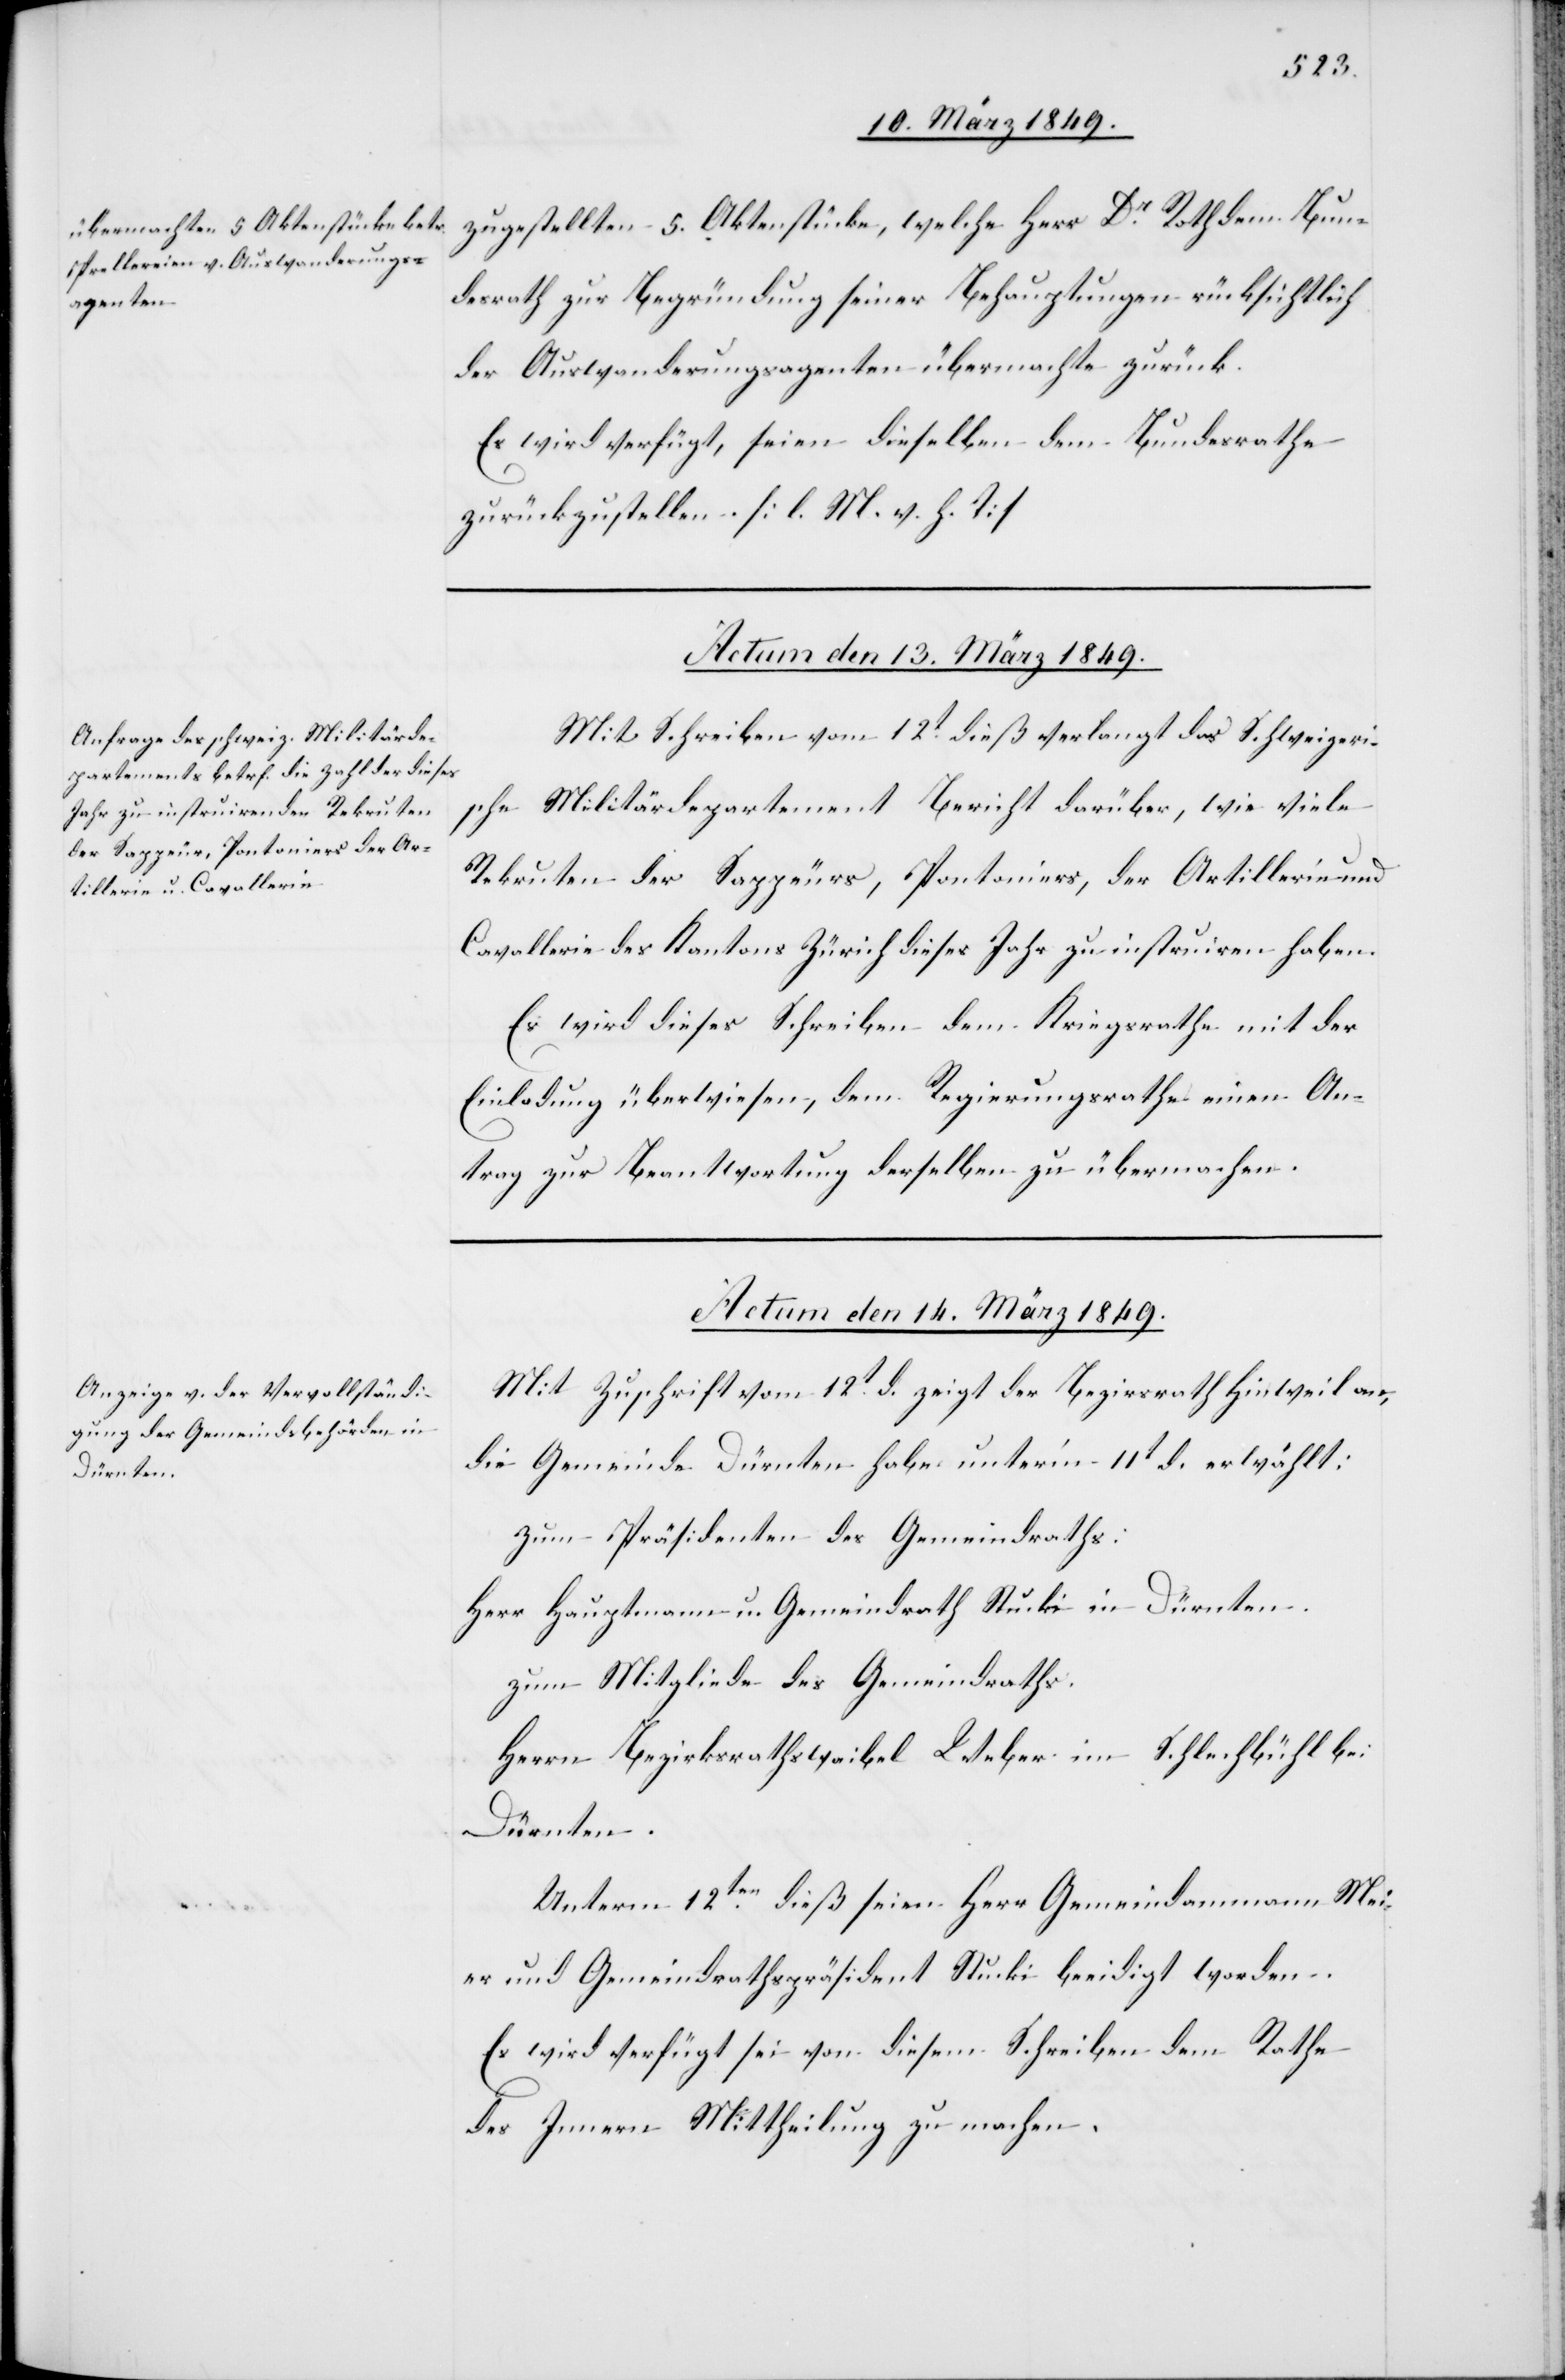
zugestellten 5. Aktenstücke, welche Herr Dr. Roth dem Bun¬
desrath zur Begründung seiner Behauptungen rücksichtlich
der Auswanderungsagenten übermachte zurück.
Es wird verfügt, seien dieselben dem Bundesrathe
zurückzustellen. [l. M. v. h. T]
Mit Schreiben vom 12t. dieß verlangt das Schweizeri¬
sche Militärdepartement Bericht darüber, wie viele
Rekruten der Sappeurs, Pontoniers, der Artillerie und
Cavallerie des Kantons Zürich dieses Jahr zu instruiren haben.
Es wird dieses Schreiben dem Kriegsrathe mit der
Einladung überwiesen, dem Regierungsrathe einen An¬
trag zur Beantwortung derselben [sic!] zu übermachen.
Actum den 14. März 1849.
Mit Zuschrift vom 12t. d. zeigt der Bezirksrath Hinweil an,
die Gemeinde Dürnten habe unter’m 11t d. erwählt:
zum Präsidenten des Gemeindraths:
Herr Hauptmann u. Gemeindrath Stucki in Dürnten.
zum Mitgliede des Gemeindraths.
Herrn Bezirksrathswaibel Weber im Schlechbühl bei
Dürnten.
Unterm 12ten. dieß seien Herr Gemeindammann Mei¬
er und Gemeindrathspräsident Stucki beeidigt worden.
Es wird verfügt sei von diesem Schreiben dem Rathe
des Innern Mittheilung zu machen.